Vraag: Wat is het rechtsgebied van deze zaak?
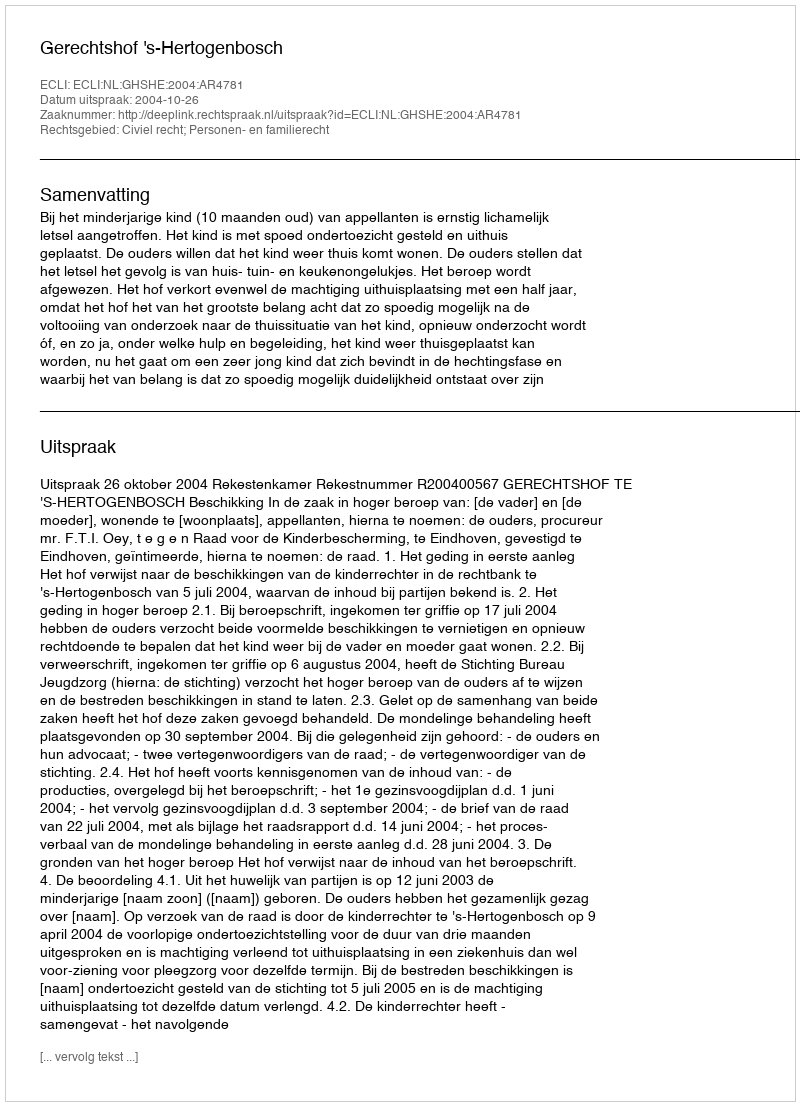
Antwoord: Civiel recht; Personen- en familierecht